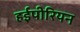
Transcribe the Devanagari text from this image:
हईपीरियन